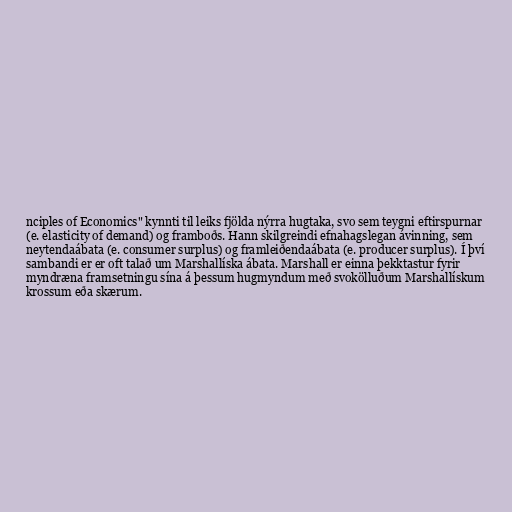
nciples of Economics" kynnti til leiks fjölda nýrra hugtaka, svo sem teygni eftirspurnar
(e. elasticity of demand) og framboðs. Hann skilgreindi efnahagslegan ávinning, sem
neytendaábata (e. consumer surplus) og framleiðendaábata (e. producer surplus). Í því
sambandi er er oft talað um Marshallíska ábata. Marshall er einna þekktastur fyrir
myndræna framsetningu sína á þessum hugmyndum með svokölluðum Marshallískum
krossum eða skærum.